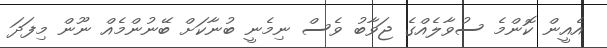
އެއީން ކޮންމެ ސުވާލެއްގެ ޖަވާބު ވެސް ނިމެނީ ބުނާކަށް ބޭނުންމެއް ނޫން މިފަދަ